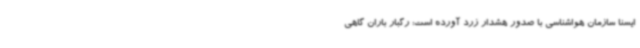
ایسنا سازمان هواشناسی با صدور هشدار زرد آورده است: رگبار باران گاهی